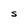
Character: S